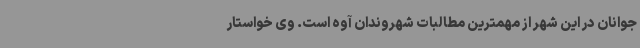
جوانان در این شهر از مهمترین مطالبات شهروندان آوه است. وی خواستار